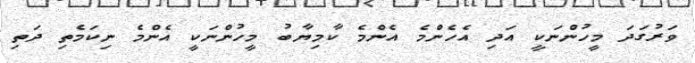
ވަރުގަދަ މީހުންނަކީ އަދި އެހެންމެ އެންމެ ކާމިޔާބު މީހުންނަކީ އެންމެ ނިކަމެތި ދަތި